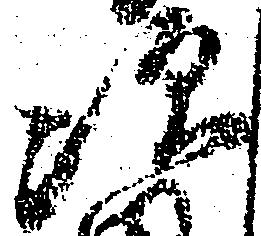
次